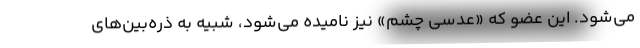
می‌شود. این عضو که «عدسی چشم» نیز نامیده می‌شود، شبیه به ذره‌بین‌های